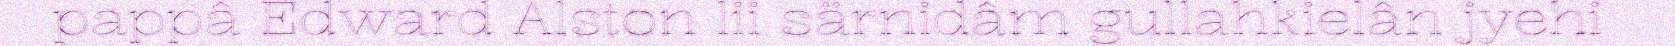
pappâ Edward Alston lii särnidâm gullahkielân jyehi